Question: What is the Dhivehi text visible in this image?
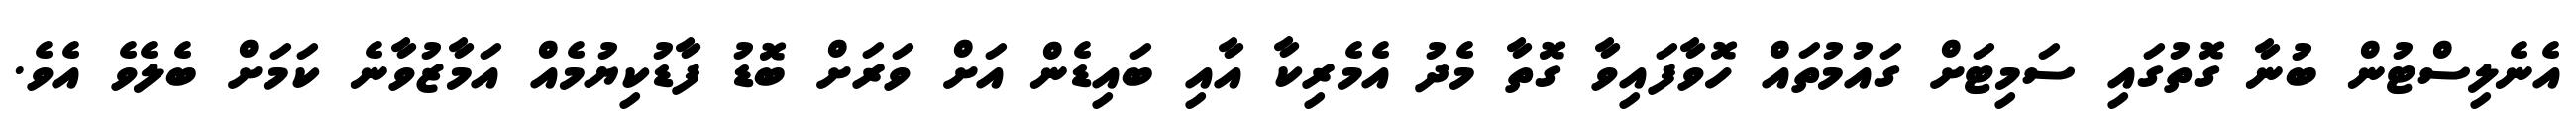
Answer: އެނެލިސްޓުން ބުނާ ގޮތުގައި ސަމިޓަށް ގައުމުތައް ހޮވާފައިވާ ގޮތާ މެދު އެމެރިކާ އާއި ބައިޑެން އަށް ވަރަށް ބޮޑު ފާޑުކިޔުމެއް އަމާޒުވާނެ ކަމަށް ބެލެވެ އެވެ.